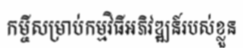
កម្ចីសម្រាប់កម្មវិធីអភិវឌ្ឍន៍របស់ខ្លួន